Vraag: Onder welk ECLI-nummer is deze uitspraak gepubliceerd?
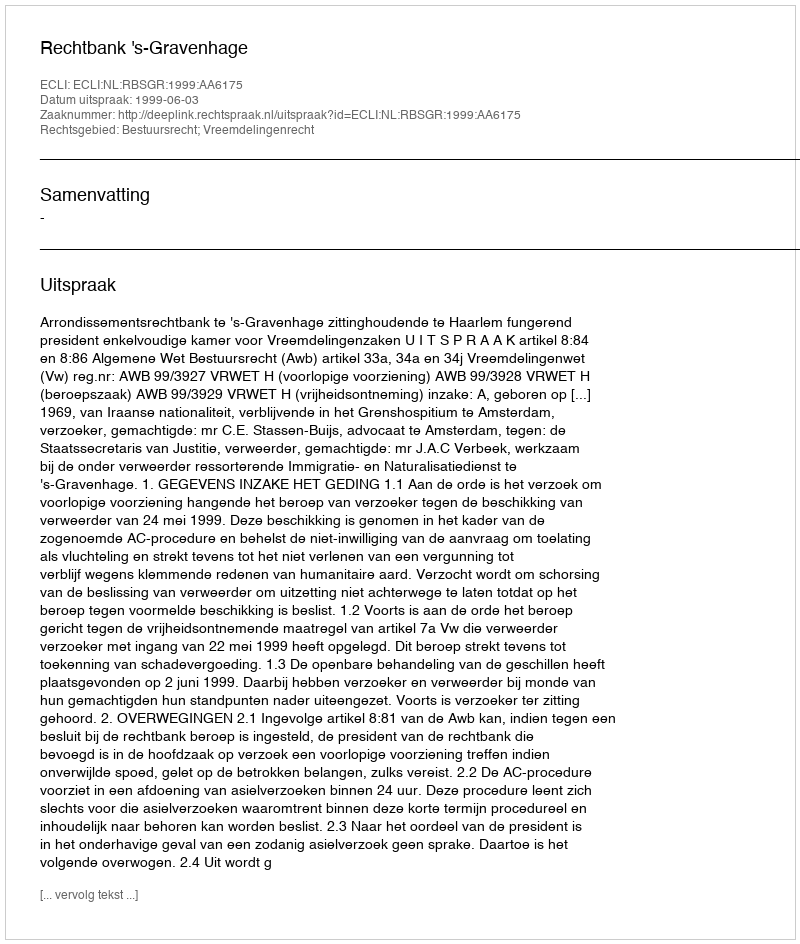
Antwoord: ECLI:NL:RBSGR:1999:AA6175